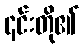
၎င်းတို၏